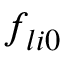
f _ { l i 0 }